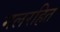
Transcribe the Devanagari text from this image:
मलरहित